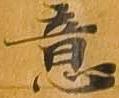
意